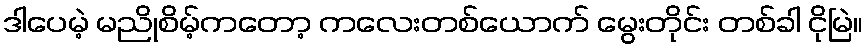
ဒါပေမဲ့ မညိုစိမ့်ကတော့ ကလေးတစ်ယောက် မွေးတိုင်း တစ်ခါ ငိုမြဲ။